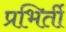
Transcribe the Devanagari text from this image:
प्रभिर्ती